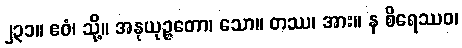
၂၃၁။ ဧဝံ၊ သို့။ အနုယုဉ္ဇတော၊ သော။ တဿ၊ အား။ န စိရေဿဝ၊